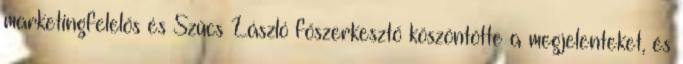
marketingfelelős és Szűcs László főszerkesztő köszöntötte a megjelenteket, és